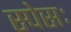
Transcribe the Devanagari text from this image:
स्पेसः